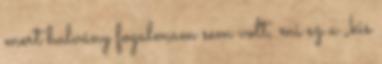
mert halvány fogalmam sem volt, mi ez a „kis